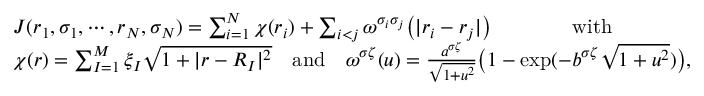
\begin{array} { r l } & { J ( r _ { 1 } , \sigma _ { 1 } , \cdots , r _ { N } , \sigma _ { N } ) = \sum _ { i = 1 } ^ { N } \chi ( r _ { i } ) + \sum _ { i < j } \omega ^ { \sigma _ { i } \sigma _ { j } } \big ( | r _ { i } - r _ { j } | \big ) \qquad \qquad \mathrm { w i t h } } \\ & { \chi ( r ) = \sum _ { I = 1 } ^ { M } \xi _ { I } \sqrt { 1 + | r - R _ { I } | ^ { 2 } } \quad \mathrm { a n d } \quad \omega ^ { \sigma \zeta } ( u ) = \frac { a ^ { \sigma \zeta } } { \sqrt { 1 + u ^ { 2 } } } \big ( 1 - \exp ( - b ^ { \sigma \zeta } \sqrt { 1 + u ^ { 2 } } ) \big ) , } \end{array}